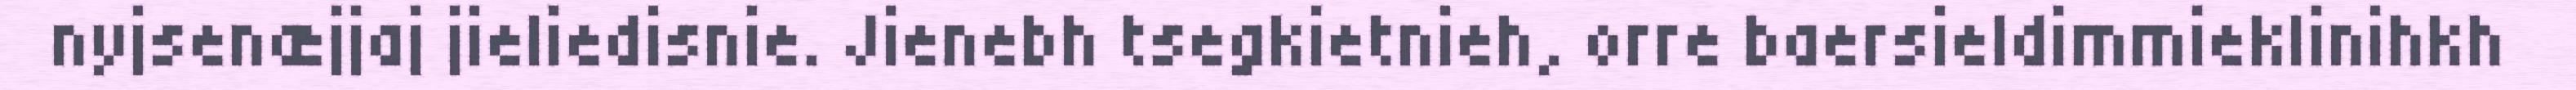
nyjsenæjjaj jieliedisnie. Jienebh tsegkietnieh, orre baersieldimmieklinihkh